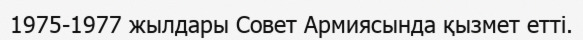
1975-1977 жылдары Совет Армиясында қызмет етті.